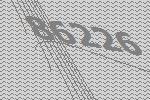
86226